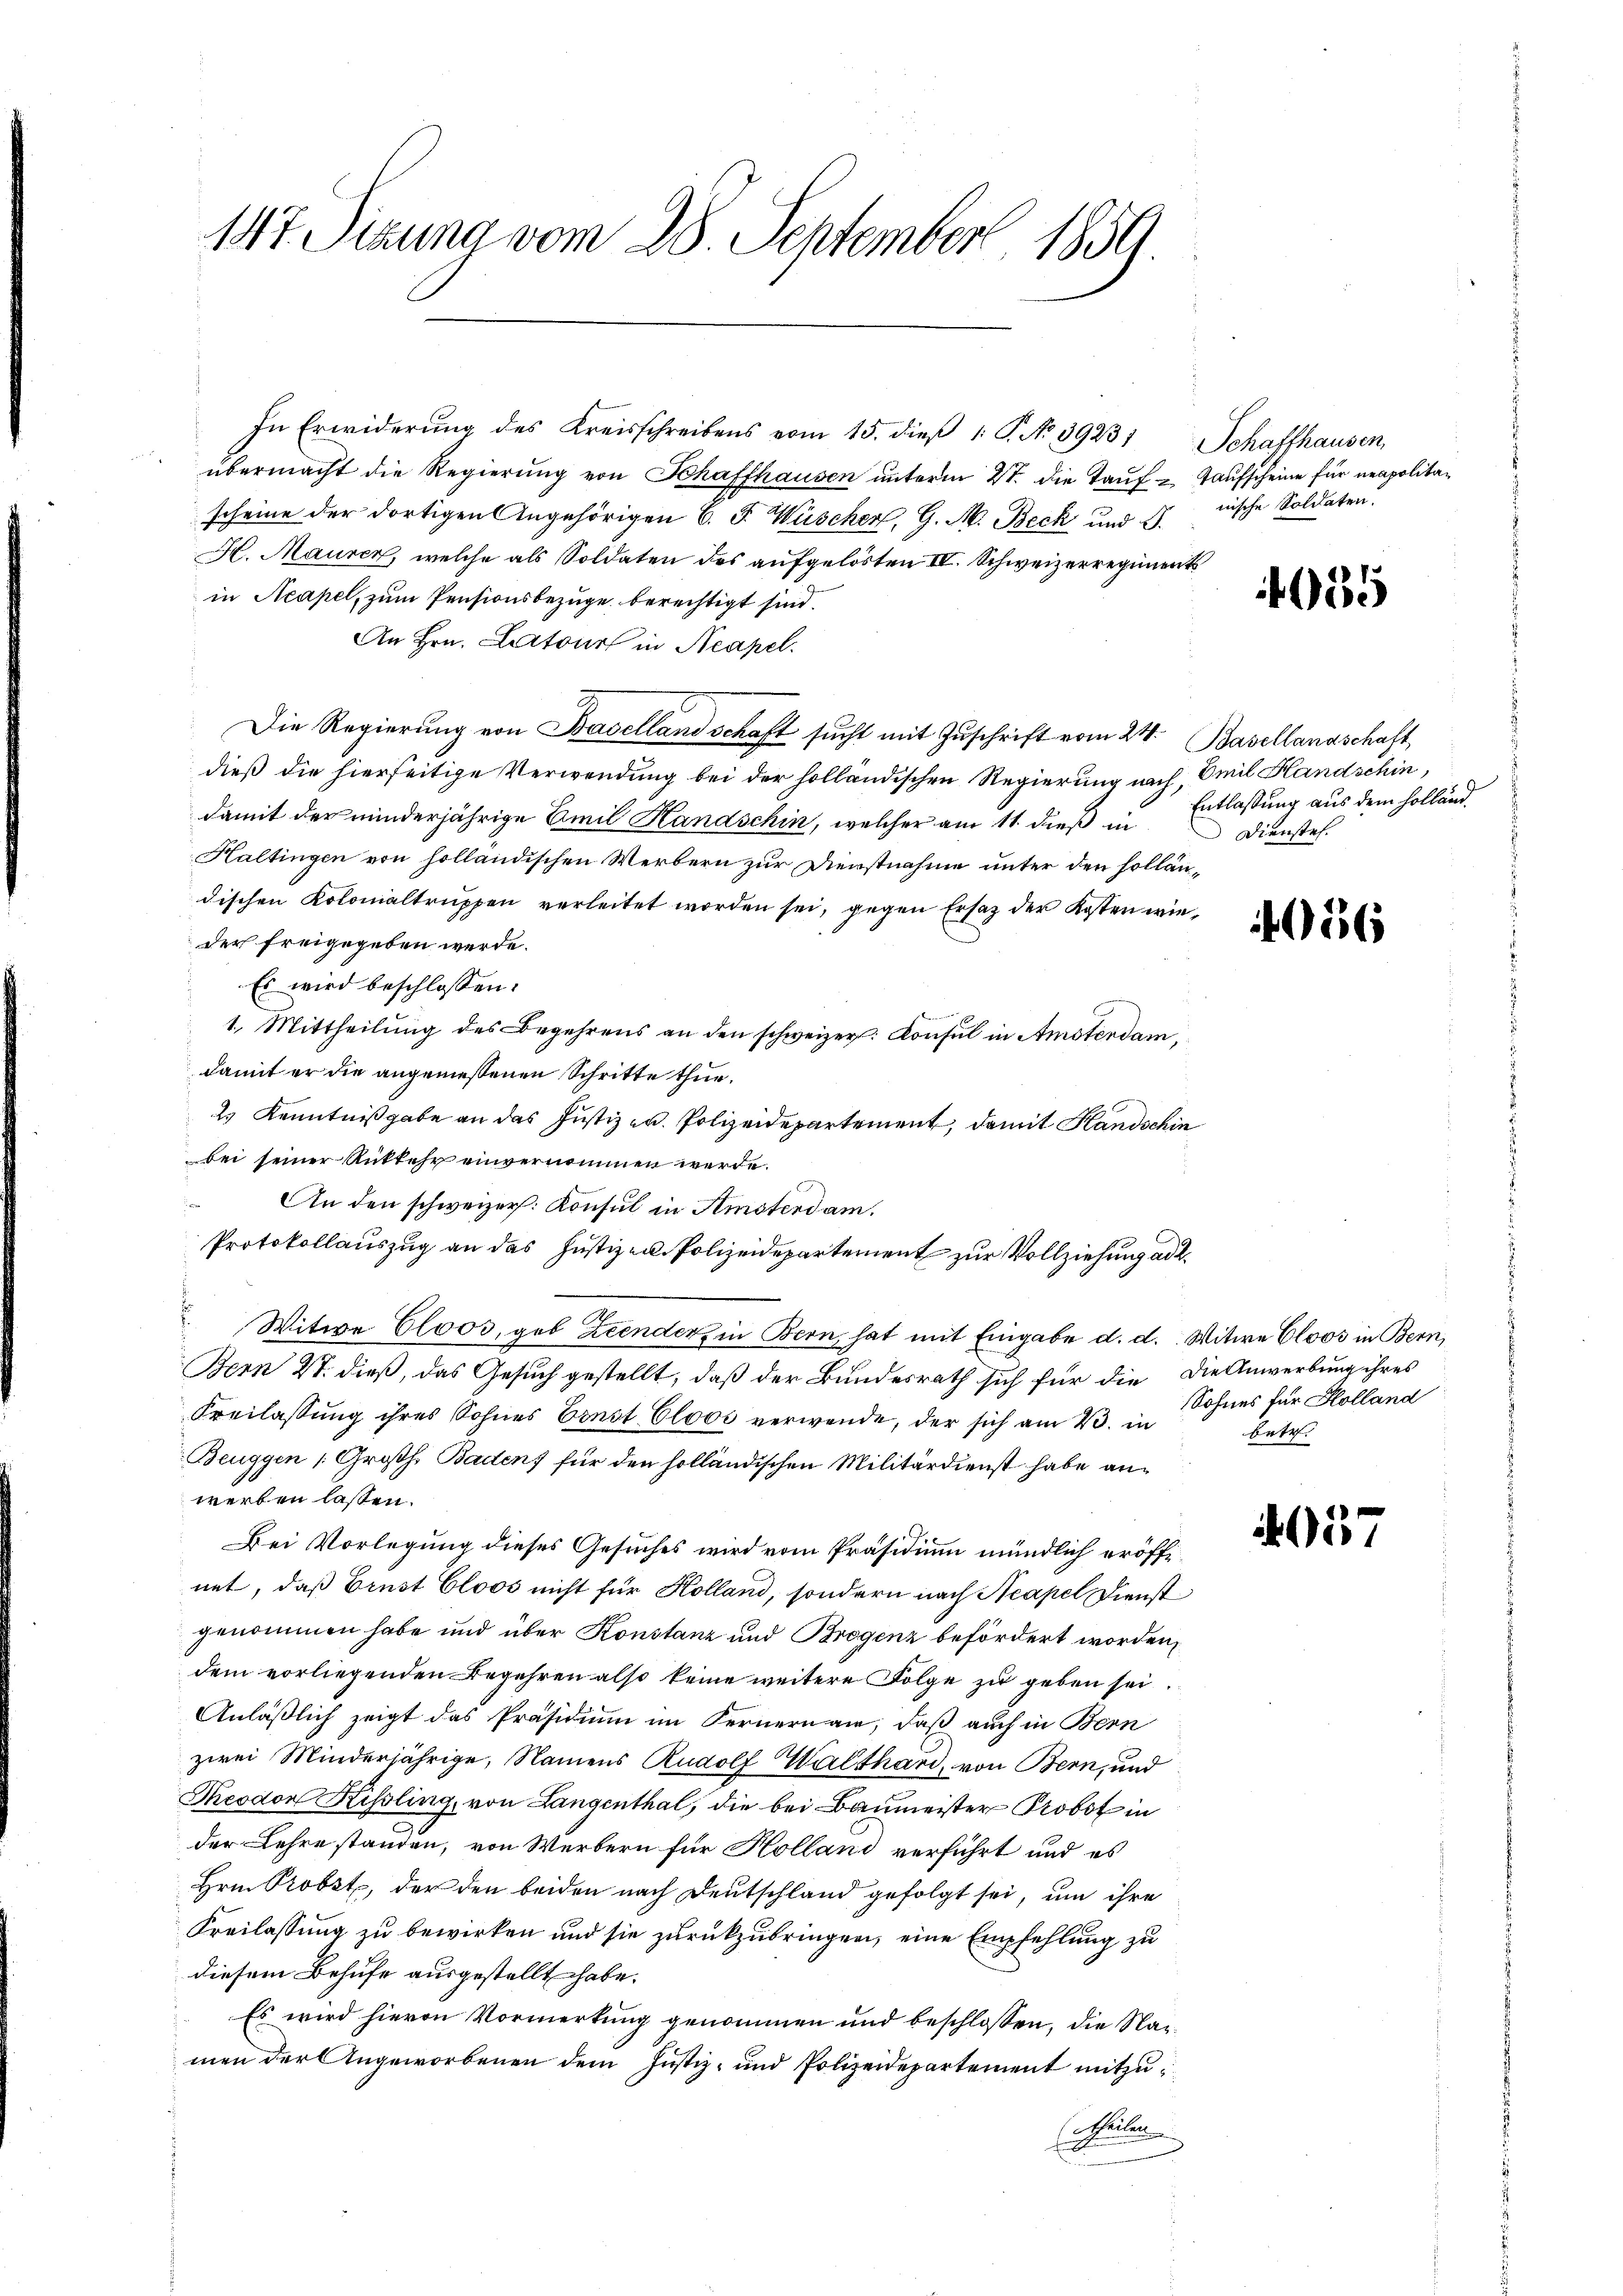
147. Sizung vom 28. September 1859.

In Erwiderung des Kreisschreibens vom 15. dieβ 1. P. No 39231 Schaffhausen,
übermacht die Regierung von Schaffhausen unterm 2ten die Tauf- Taufscheine für neapolitascheine der dortigen Angehörigen 6. F. Wüscher, G. M. Beck und S.
H. Mauren, welche als Soldaten des aufgelösten IV. Schweizerregiments
in Neapel, zum Pensionsbezüge berechtigt sind.
An Hrn. Latour in Neapel.
Die Regierung von Baselland schaft sucht mit Zuschrift vom 24. Basellandschaft
dieß die hierseitige Verwendung bei der holländischen Regierung nach, Emil Handschin,
damit der minderjährige Emil Handschin, welcher am 11. dieß in
Haltingen von holländischen Werbern zur Dienstnahme unter den holländischen Kolonialtruppen verleitet worden sei, gegen Ersatz der Kosten wieder freigegeben werde.
Es wird beschlossen:
1. Mittheilung des Begehrens an den schweizer. Konsul in Amsterdam,
damit er die angemeßenen Schritte thue.
2 Kenntnißgabe an das Justiz u. Polizeidepartement, damit Handschin
bei seiner Rükkehr einvernommen werde.
An den schweizer. Konsul in Amsterdam.
Protokollauszug an das Justiz- u. Polizeidepartement zur Vollziehung ad 2.
 Witwe Eloos, geb Zeender, in Bern, hat mit Eingabe d. d. Witwe Eloos in Bern,
Bern Dr. dieß, das Gesuch gestellt, daß der Bundesrath sich für die Die Anwerbung ihres
Freilassung ihres Sohnes Ernst Cloos verwende, der sich am 23. in
Beuggen Großh. Baden, für den holländischen Militärdienst habe anwerben lassen.
Bei Vorlegung dieses Gesuches wird vom Präsidium mündlich eröffe
net, daß Erust Cloos nicht für Kolland, sondern nach Neapel Dienst
genommen habe und über Konstanz und Bregenz befördert worden,
dem vorliegenden Begehren also keine weitere Folge zu geben sei.
Anläßlich zeigt das Präsidium im Fernernam, daß auch in Bern
zwei Minderjährige, Namens Rudolf Walthard, von Bern, und
Theodor Kissling, von Langenthal, die bei Baumeister Probot in
der Lehre standen, von Werbern für Holland verführt und es
Hrn. Probst, der den beiden nach Deutschland gefolgt sei, um ihre
Kreilassung zu bewirken und sie zurückzubringen, eine Empfehlung zu
diesem Behufe ausgestellt habe.
Es wird hievon Vormerkung genommen und beschlossen, die Nazmen der Angeworbenen dem Justiz- und Polizeidepartement mitzu¬
Aheilen

nische Soldaten.

4035

Entlassung aus dem Holländ.
Dienste.

056

Sohnes für Kolland
betr.

4057